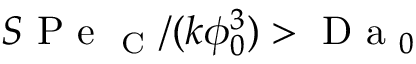
S \mathrm { ~ P ~ e ~ } _ { \mathrm { ~ C ~ } } / ( k \phi _ { 0 } ^ { 3 } ) > \mathrm { ~ D ~ a ~ } _ { 0 }